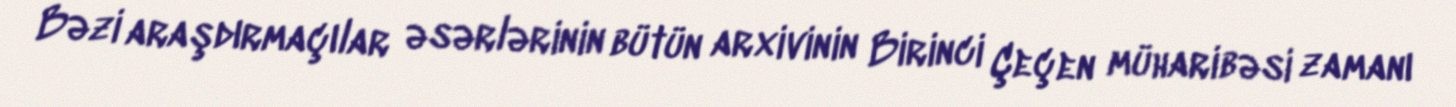
Bəzi araşdırmaçılar əsərlərinin bütün arxivinin Birinci Çeçen müharibəsi zamanı